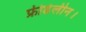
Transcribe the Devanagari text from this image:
फ्रीडेलीन।